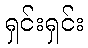
ရှင်းရှင်း